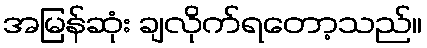
အမြန်ဆုံး ချလိုက်ရတော့သည်။